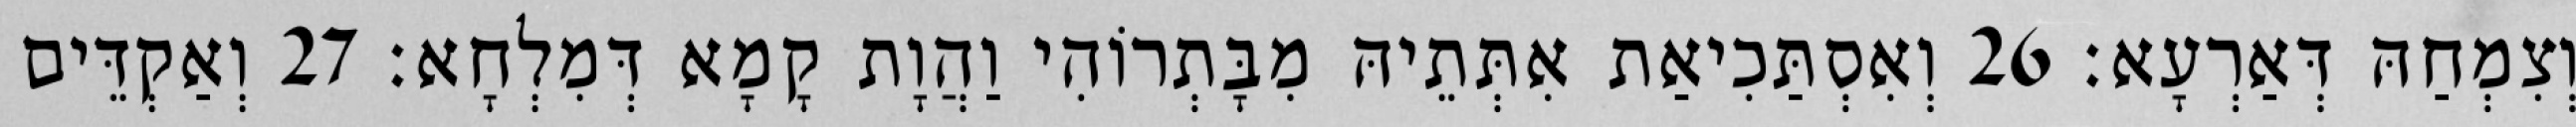
וְצִמְחַהּ דְּאַרְעָא׃ 26 וְאִסְתַּכִיאַת אִתְּתֵיהּ מִבָּתְרוֹהִי וַהֲוָת קָמָא דְּמִלְחָא׃ 27 וְאַקְדֵּים